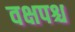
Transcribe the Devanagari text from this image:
वक्षपश्च